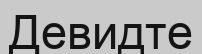
Девидте